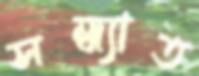
সন্ধ্যাত